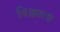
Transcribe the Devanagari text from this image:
विड्याला